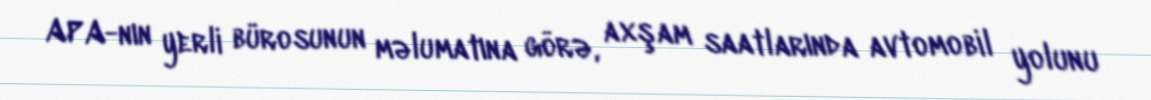
APA-nın yerli bürosunun məlumatına görə, axşam saatlarında avtomobil yolunu